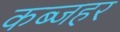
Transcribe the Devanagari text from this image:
कब्जहर